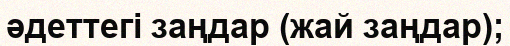
әдеттегі заңдар (жай заңдар);